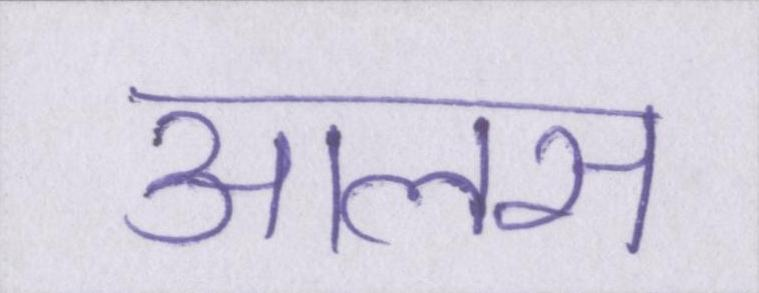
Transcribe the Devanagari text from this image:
आलस